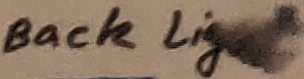
Text: Back Light